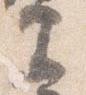
里